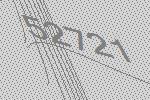
52721